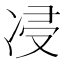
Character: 㓎